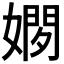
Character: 𫱢